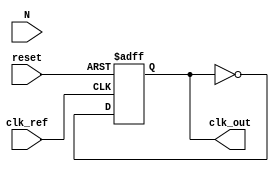
module integer_n_pll (
    input wire clk_ref,           // Reference clock input
    input wire reset,             // Reset signal
    input wire [7:0] N,           // Integer division factor
    output reg clk_out            // Output clock signal
);

// Internal signals
reg [7:0] phase_error;          // Phase error signal
reg [7:0] control_voltage;       // Control voltage for VCO
reg [7:0] vco_output;            // VCO output frequency
reg [7:0] divider_count;         // Divider count for feedback
reg clk_div;                     // Divided clock signal

// Phase Detector (PD)
always @(posedge clk_ref or posedge reset) begin
    if (reset) begin
        phase_error <= 8'b0;
    end else begin
        // Simple phase detection logic (for demonstration)
        // Assuming clk_div is the feedback clock from VCO
        if (clk_ref == clk_div) begin
            phase_error <= phase_error + 1; // Increment phase error
        end else begin
            phase_error <= phase_error - 1; // Decrement phase error
        end
    end
end

// Loop Filter (LF)
always @(posedge clk_ref or posedge reset) begin
    if (reset) begin
        control_voltage <= 8'b0;
    end else begin
        // Simple low-pass filter (for demonstration)
        control_voltage <= control_voltage + (phase_error >> 1); // Smoothing
    end
end

// Voltage-Controlled Oscillator (VCO)
always @(posedge clk_ref or posedge reset) begin
    if (reset) begin
        vco_output <= 8'b0;
        clk_out <= 1'b0;
    end else begin
        // VCO output frequency controlled by control voltage
        vco_output <= control_voltage * N; // Output frequency
        // Generate output clock based on VCO output (simplified)
        clk_out <= ~clk_out; // Toggle output clock for demonstration
    end
end

// Frequency Divider
always @(posedge clk_out or posedge reset) begin
    if (reset) begin
        divider_count <= 8'b0;
        clk_div <= 1'b0;
    end else begin
        // Simple frequency divider logic
        if (divider_count == (N - 1)) begin
            clk_div <= ~clk_div; // Toggle divided clock
            divider_count <= 8'b0; // Reset counter
        end else begin
            divider_count <= divider_count + 1; // Increment counter
        end
    end
end

endmodule